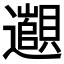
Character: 𬩫